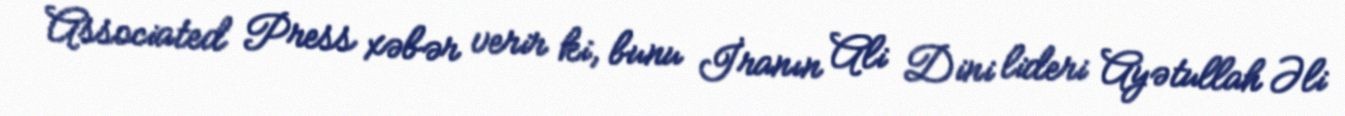
Associated Press xəbər verir ki, bunu İranın Ali Dini lideri Ayətullah Əli